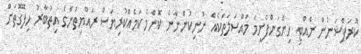
ކޮރަޕްޝަނުން ނެއްޓި ހިންގަންފެށީމަ މައްސަލަތަކެއް ނުނިކުންނާނެ ކޮންމެ ކަމެއްކުރިޔަސް ރައްޔިތުންގެ އިތުބާރު ހިފޭގޮތަށް